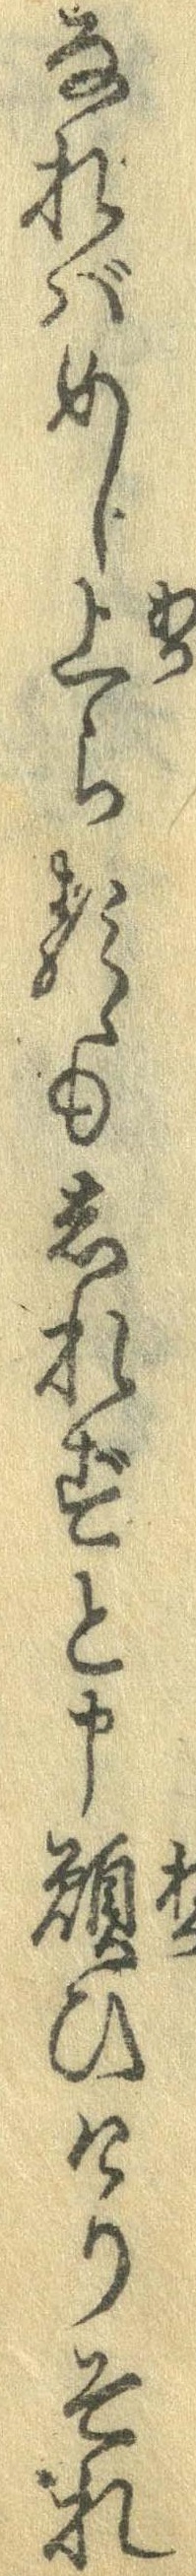
なればめし上らるゝもしれずと申願ひけりそれ